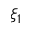
\xi _ { 1 }